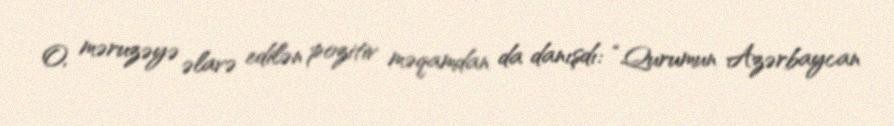
O, məruzəyə əlavə edilən pozitiv məqamdan da danışdı: “Qurumun Azərbaycan